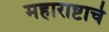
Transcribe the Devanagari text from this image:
महाराष्टाचे